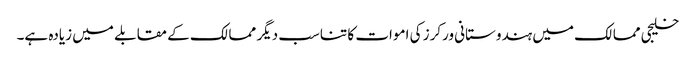
خلیجی ممالک میں ہندوستانی ورکرز کی اموات کا تناسب دیگر ممالک کے مقابلے میں زیادہ ہے۔